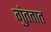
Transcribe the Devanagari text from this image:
गुंततात